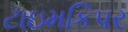
ટાઇમકિપર